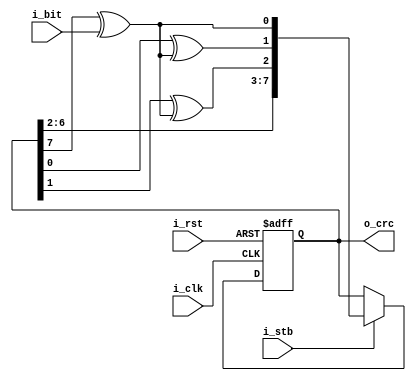
module crc
    #(parameter BITS=8, parameter POLY=7, parameter INIT=0)
    (input wire i_clk, input wire i_rst, input wire i_stb, input wire i_bit, output wire[BITS-1:0] o_crc);
//
//    .
reg[BITS-1:0] crcreg;

//   .
wire[BITS-1:0] crcwires;

//   CRC.
assign o_crc = crcreg;

initial begin
    crcreg <= INIT[BITS-1:0];
end

//    -  XOR  .
assign sel = crcreg[BITS-1] ^ i_bit;

//  .
assign crcwires[0] = POLY[0] ? sel : 0;

genvar i;
generate
for(i = 1; i < BITS; i = i + 1) begin: gen_crc_wires
    assign crcwires[i] = POLY[i] ? crcreg[i - 1] ^ sel : crcreg[i - 1];
end
endgenerate

//  .
always @(posedge i_clk or negedge i_rst) begin
    if(!i_rst) begin
        crcreg <= #1 INIT[BITS-1:0];
    end else begin
        if(i_stb) begin
            crcreg <= #1 crcwires;
        end else begin
            crcreg <= #1 crcreg;
        end
    end
end

endmodule